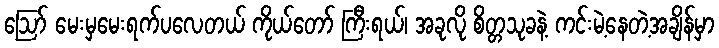
ဪ မေးမှမေးရက်ပလေတယ် ကိုယ်တော် ကြီးရယ်၊ အခုလို စိတ္တသုခနဲ့ ကင်းမဲ့နေတဲ့အချိန်မှာ